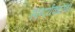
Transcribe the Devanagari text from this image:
सौन्दर्यकारिका